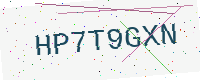
Text: HP7T9GXN